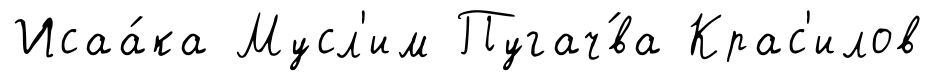
Исаа́ка Мусл'им Пугач́ва Крас'илов